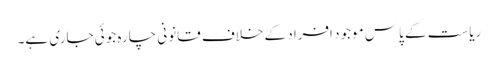
ریاست کے پاس موجود افراد کے خلاف قانونی چارہ جوئی جاری ہے۔